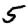
Digit: 5